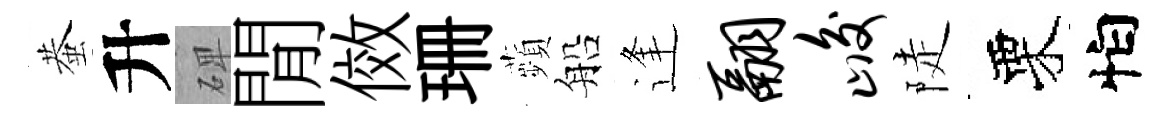
蛬升𥓓閒傚珊蘋船逢翮峻陡栗怕